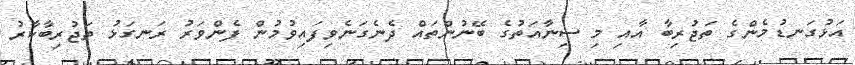
އަޅުގަނޑުމެންގެ ތަޖުރިބާ އާއި މި ސިނާއަތުގެ ބޭނުންތައް ދެނެގަނެވިފައިވުމުން ފެންވަރު ރަނގަޅު ތަޖުރިބާކާރު